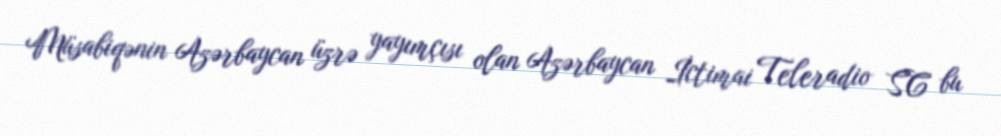
Müsabiqənin Azərbaycan üzrə yayımçısı olan Azərbaycan İctimai Teleradio SC bu